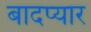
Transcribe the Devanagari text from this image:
बादप्यार